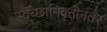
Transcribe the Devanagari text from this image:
स्वेच्छानिवृत्तीनंतर